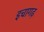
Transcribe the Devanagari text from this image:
इचागढ़